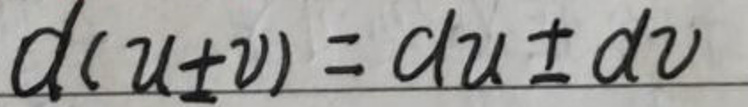
\[
d(u\pm v)=du\pm dv
\]